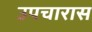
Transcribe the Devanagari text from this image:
उपचारास